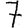
Digit: 7